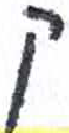
אות: ק